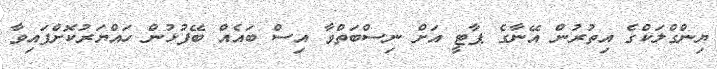
ޔިންގްލަކްގެ އިތުރުން އޭނާގެ ޕާޓީ އަށް ނިސްބަތްވާ އިސް ބައެއް ބޭފުޅުން ހައްޔަރުކޮށްފައިވާ